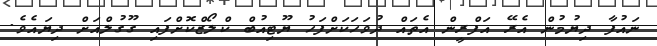
ނައުފާ ދިޔުމުން އެރޭ އަފްރީން އެތައް ދުވަހަކަށްފަހު ޔޫޓިއުބް ކްލޯޒްކޮށްފައި ގޫގުލްއަށް ދިޔައެވެ.